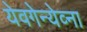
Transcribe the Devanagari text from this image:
येवगेन्येव्ना